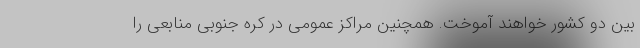
بین دو کشور خواهند آموخت. همچنین مراکز عمومی در کره جنوبی منابعی را